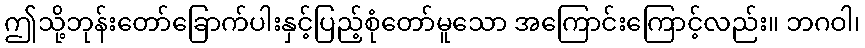
ဤသို့ဘုန်းတော်ခြောက်ပါးနှင့်ပြည့်စုံတော်မူသော အကြောင်းကြောင့်လည်း။ ဘဂဝါ၊